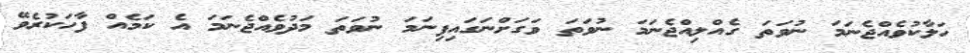
ހަލާކުވެއްޖެނަމަ ނުވަަތަ ގެއްލިއްޖެނަމަ ނުވަތަ ވަގަށްނަގައިފިނަމަ ނުވަތަ މަދުވެއްޖެނަމަ އެ ކަމެއް ފާހަަކުރެވޭ